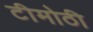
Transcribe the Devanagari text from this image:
टीमोठी